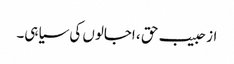
از حبیب حق ، اجالوں کی سیاہی۔